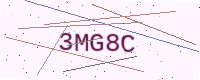
Text: 3MG8C